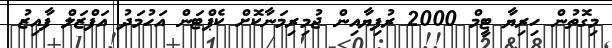
މިގޮތުން ހިރިޔާ ޓީމް 2000 ރުފިޔާއިން ޖުމިރިމަނާކޮށް ކެޕްޓަން އަހުމަދު އަފްޒަލް ފާއިޒު